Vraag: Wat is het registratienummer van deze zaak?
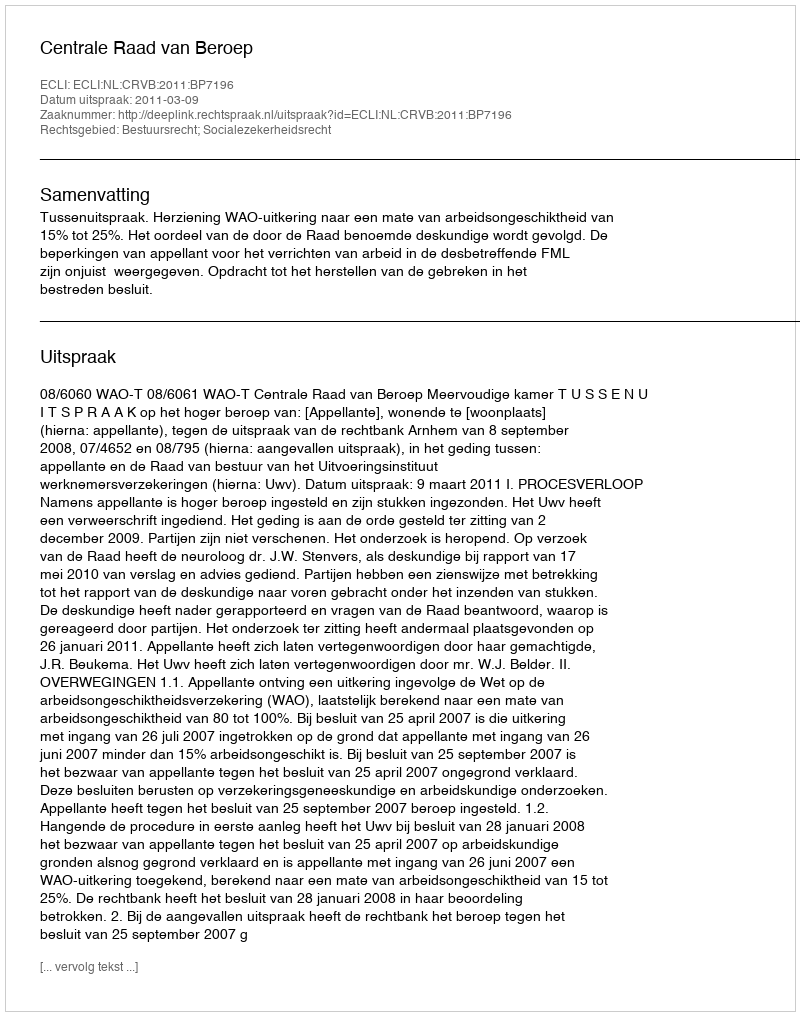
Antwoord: http://deeplink.rechtspraak.nl/uitspraak?id=ECLI:NL:CRVB:2011:BP7196